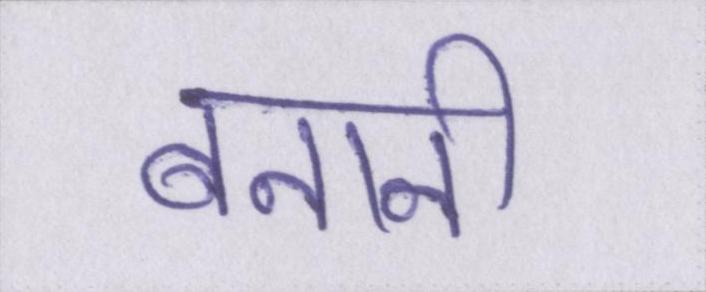
बनानी